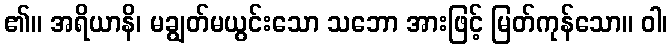
၏။ အရိယာနိ၊ မချွတ်မယွင်းသော သဘော အားဖြင့် မြတ်ကုန်သော။ ဝါ၊